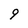
Character: 9